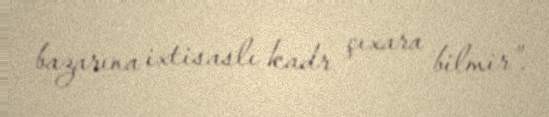
bazarına ixtisaslı kadr çıxara bilmir”.